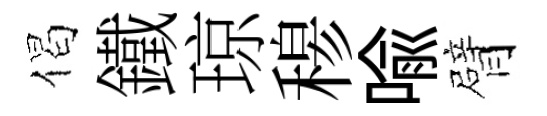
偈鐵琼𥠇喩臂